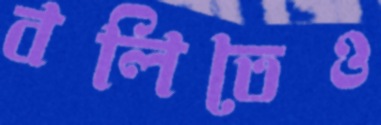
বলিতেও